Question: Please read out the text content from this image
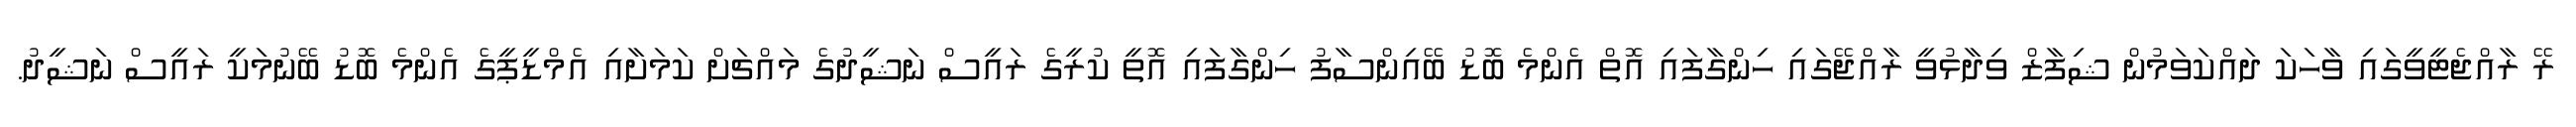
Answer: ރޭ ރާއްޖެޓީވީގައި ވާހަކަ ދައްކަވަމުން ޝިފާޒް ވިދާޅުވީ ރާއްޖޭގައި ހިންގާފައި އޮތް އެންމެ ބޮޑު ބޭއިންސާފު ހިންގާފައި އޮތީ ކުރީގެ ރައީސް ނަޝީދުގެ މައްޗަށް ކަމަށާއި އެމްޑީޕީގެ އެންމެ ބޮޑު ބޭނުމަކީ ރައީސް ނަޝީދު.